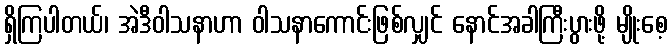
ရှိကြပါတယ်၊ အဲဒီဝါသနာဟာ ဝါသနာကောင်းဖြစ်လျှင် နောင်အခါကြီးပွားဖို့ မျိုးစေ့